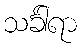
သင်္ခါရာ